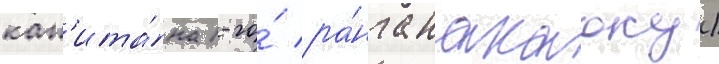
кап'ита́на 1-го́ ра́нга накаоку)